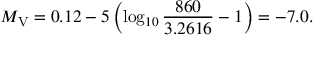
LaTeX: M _ { \mathrm { V } } = 0 . 1 2 - 5 \left( \log _ { 1 0 } { \frac { 8 6 0 } { 3 . 2 6 1 6 } } - 1 \right) = - 7 . 0 .